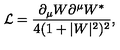
\mathcal { L } = \frac { \partial _ { \mu } W \partial ^ { \mu } W ^ { * } } { 4 ( 1 + | W | ^ { 2 } ) ^ { 2 } } ,